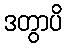
ဒတွာပိ